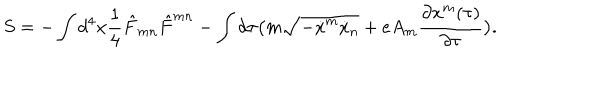
LaTeX: S = - \int d ^ { 4 } x { \frac { 1 } { 4 } } { \hat { F } } _ { m n } { \hat { F } } ^ { m n } - \int d \tau \big ( m \sqrt { - { \dot { x } } ^ { m } { \dot { x } } _ { n } } + e A _ { m } { \frac { \partial x ^ { m } ( \tau ) } { \partial \tau } } \big ) .